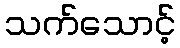
သက်သောင့်